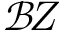
\mathcal B \! Z